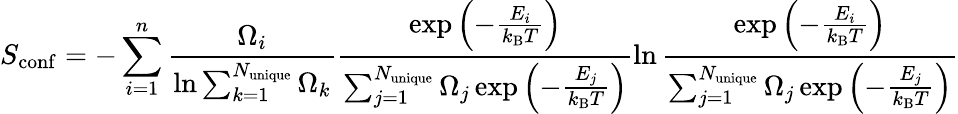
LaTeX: S_{\mathrm{conf}}=-\sum_{i=1}^{n}\frac{\Omega_{i}}{\ln{\sum_{k=1}^{N_{\mathrm{unique}}}\Omega_{k}}}\frac{\exp{\left(-\frac{E_{i}}{k_{\mathrm{B}}T}\right)}}{\sum_{j=1}^{N_{\mathrm{unique}}}\Omega_{j}\exp{\left(-\frac{E_{j}}{k_{\mathrm{B}}T}\right)}}\ln{\frac{\exp{\left(-\frac{E_{i}}{k_{\mathrm{B}}T}\right)}}{\sum_{j=1}^{N_{\mathrm{unique}}}\Omega_{j}\exp{\left(-\frac{E_{j}}{k_{\mathrm{B}}T}\right)}}}